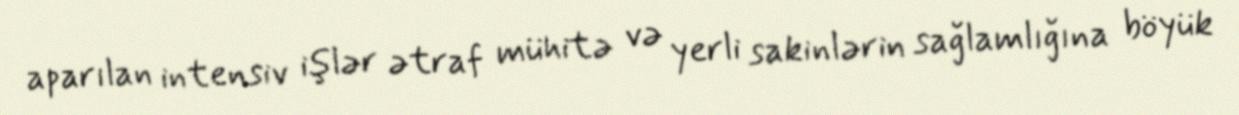
aparılan intensiv işlər ətraf mühitə və yerli sakinlərin sağlamlığına böyük